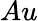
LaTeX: Au